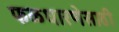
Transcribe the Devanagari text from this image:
फळधारणेसाठी